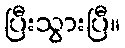
ပြီးသွားပြီ။